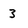
Character: 3